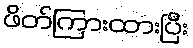
ဖိတ်ကြားထားပြီး